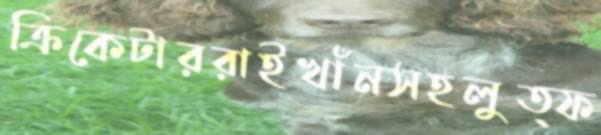
ক্রিকেটাররাইখাঁনসহলুত্ফ